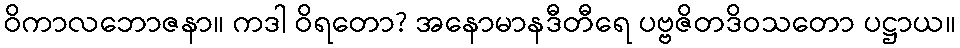
ဝိကာလဘောဇနာ။ ကဒါ ဝိရတော? အနောမာနဒီတီရေ ပဗ္ဗဇိတဒိဝသတော ပဋ္ဌာယ။